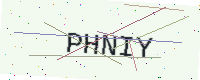
Text: PHNIY